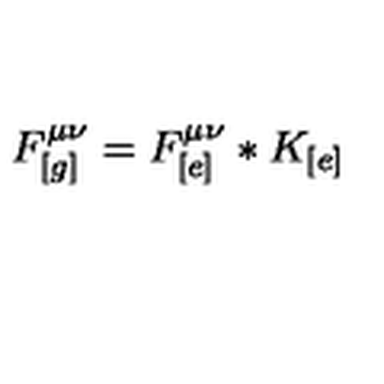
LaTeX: F _ { [ g ] } ^ { \mu \nu } = F _ { [ e ] } ^ { \mu \nu } * K _ { [ e ] }